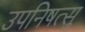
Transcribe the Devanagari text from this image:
उपनिषत्सु